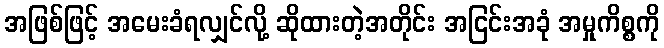
အဖြစ်ဖြင့် အမေးခံရလျှင်လို့ ဆိုထားတဲ့အတိုင်း အငြင်းအခုံ အမှုကိစ္စကို